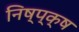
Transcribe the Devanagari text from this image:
निष्प्क्ष